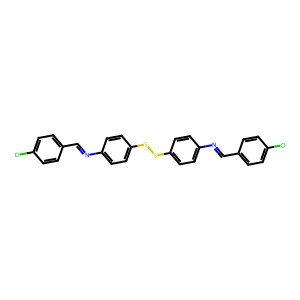
SMILES: Clc1ccc(C=Nc2ccc(SSc3ccc(N=Cc4ccc(Cl)cc4)cc3)cc2)cc1
Inhibits HIV replication: No